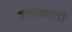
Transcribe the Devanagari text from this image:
राजकार्यों